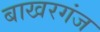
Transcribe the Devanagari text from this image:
बाखरगंज